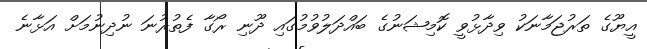
އީޔޫގެ ތަރުޖަމާނަކު ވިދާޅުވީ ކޮމިޝަނުގެ ބައްދަލުވުމުގައި ދޫނި ރޯގާ ފެތުރުނަ ނުދިނުމަށް އަޅާނެ